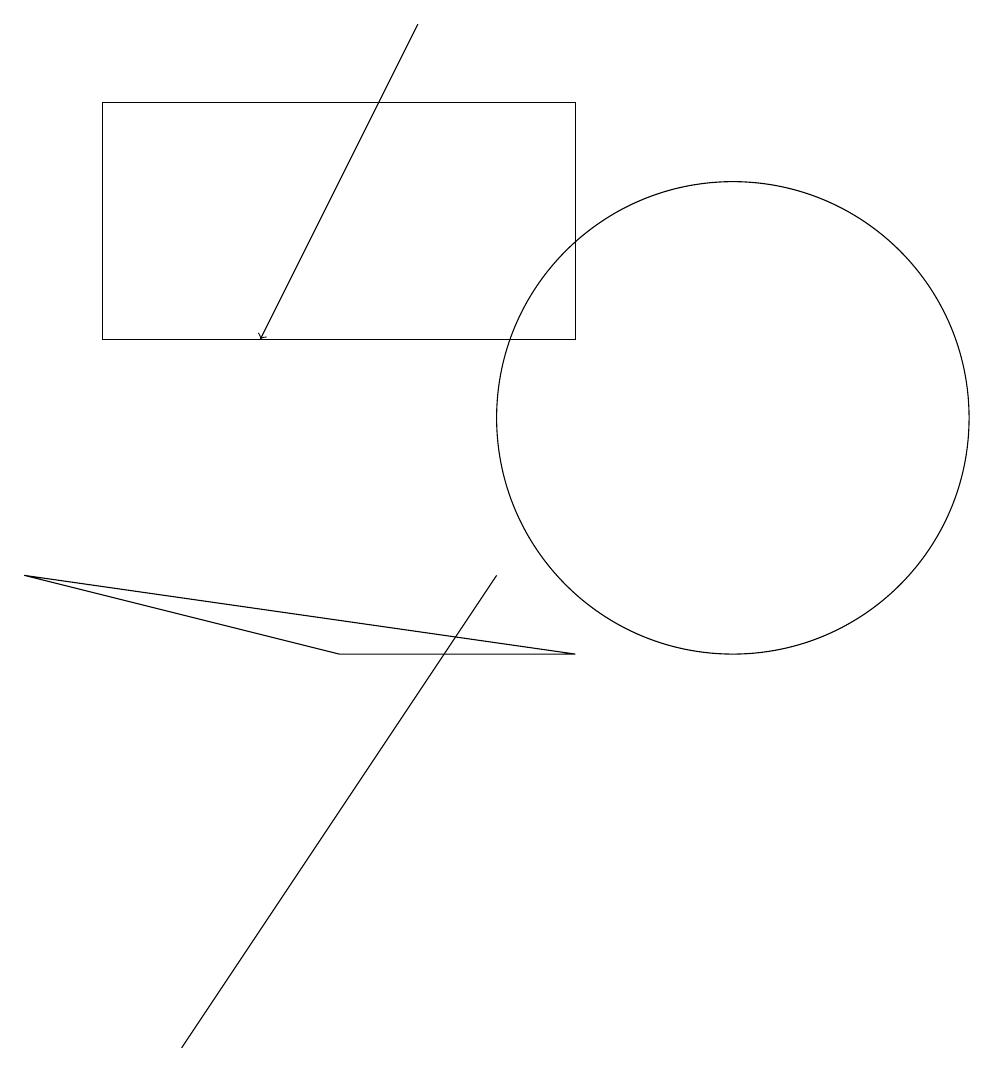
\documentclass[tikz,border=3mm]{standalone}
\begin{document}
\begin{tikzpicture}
\draw (7,8) -- (5,5) -- (3,2) -- cycle;
\draw[->] (6,15) -- (4,11);
\draw (2,11) rectangle (8,14);
\draw (1,8) -- (8,7) -- (5,7) -- cycle;
\draw (10,10) circle (3);
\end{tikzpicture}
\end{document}